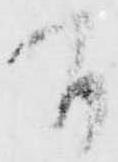
間